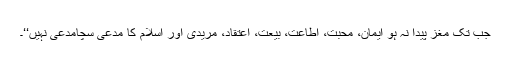
جب تک مغز پیدا نہ ہو ایمان، محبت، اطاعت، بیعت، اعتقاد، مریدی اور اسلام کا مدعی سچامدعی نہیں‘‘۔